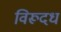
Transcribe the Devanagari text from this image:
विरूदध